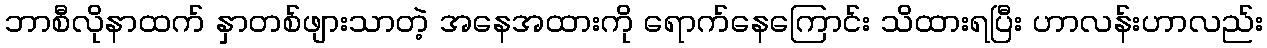
ဘာစီလိုနာထက် နှာတစ်ဖျားသာတဲ့ အနေအထားကို ရောက်နေကြောင်း သိထားရပြီး ဟာလန်းဟာလည်း